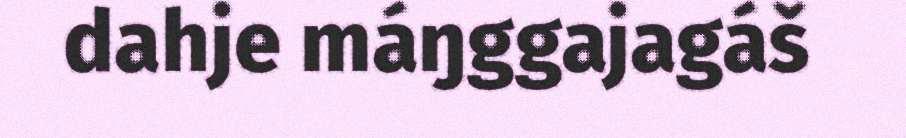
dahje máŋggajagáš